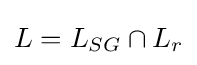
L=L_{SG}\cap L_{r}